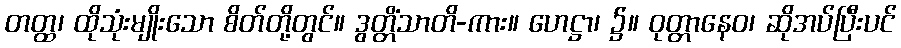
တတ္ထ၊ ထိုသုံးမျိုးသော စိတ်တို့တွင်။ ဒွတ္တိံသာတိ-ကား။ ဟေဋ္ဌာ၊ ၌။ ဝုတ္တာနေဝ၊ ဆိုအပ်ပြီးပင်